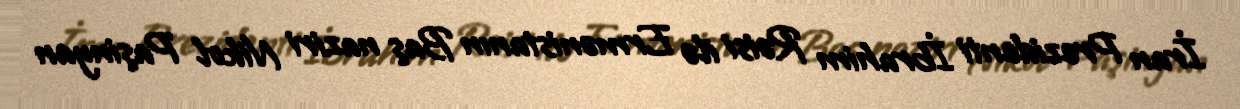
İran Prezidenti İbrahim Rəisi ilə Ermənistanın Baş naziri Nikol Paşinyan